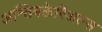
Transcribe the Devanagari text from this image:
अन्तिबक्तेरिअल्स